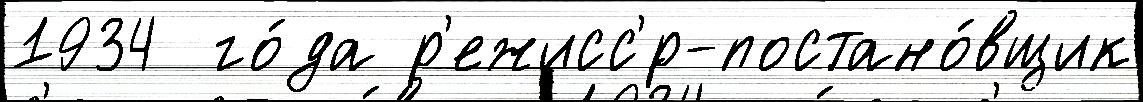
1934  го́да р'ежисс'́р-постано́вщик